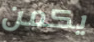
يكمن